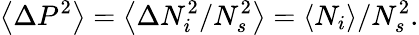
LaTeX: \left\langle\Delta P^{2}\right\rangle=\left\langle\Delta N_{i}^{2}/N_{s}^{2}\right\rangle=\left\langle N_{i}\right\rangle/N_{s}^{2}.